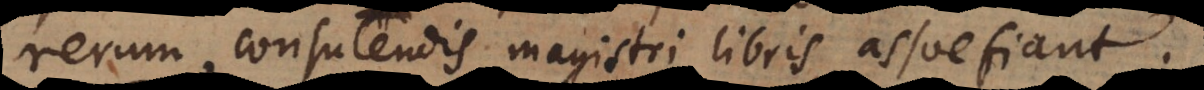
rerum, consulendis magistri libris assuefiant.